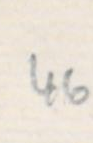
Transcription: 46